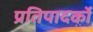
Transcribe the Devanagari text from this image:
प्रतिपादर्को